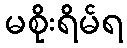
မစိုးရိမ်ရ